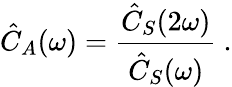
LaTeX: \hat{C}_{A}(\omega)=\frac{\hat{C}_{S}(2\omega)}{\hat{C}_{S}(\omega)}\ .